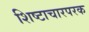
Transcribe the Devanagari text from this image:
शिष्टाचारपरक